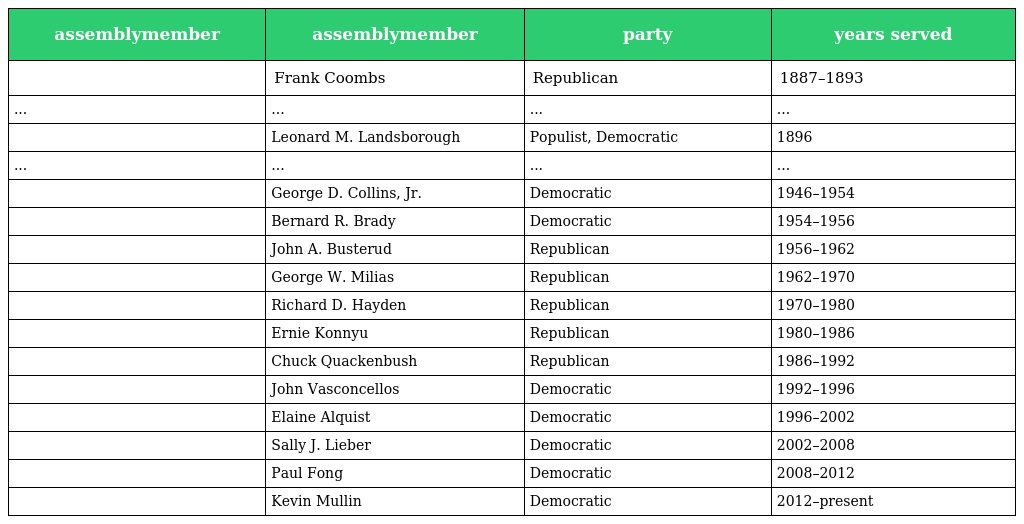
| assemblymember | assemblymember | party | years served |
 | --- | --- | --- | --- |
 |  | Frank Coombs | Republican | 1887–1893 |
 | ... | ... | ... | ... |
 |  | Leonard M. Landsborough | Populist, Democratic | 1896 |
 | ... | ... | ... | ... |
 |  | George D. Collins, Jr. | Democratic | 1946–1954 |
 |  | Bernard R. Brady | Democratic | 1954–1956 |
 |  | John A. Busterud | Republican | 1956–1962 |
 |  | George W. Milias | Republican | 1962–1970 |
 |  | Richard D. Hayden | Republican | 1970–1980 |
 |  | Ernie Konnyu | Republican | 1980–1986 |
 |  | Chuck Quackenbush | Republican | 1986–1992 |
 |  | John Vasconcellos | Democratic | 1992–1996 |
 |  | Elaine Alquist | Democratic | 1996–2002 |
 |  | Sally J. Lieber | Democratic | 2002–2008 |
 |  | Paul Fong | Democratic | 2008–2012 |
 |  | Kevin Mullin | Democratic | 2012–present |